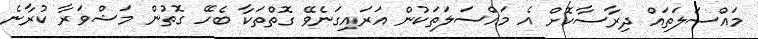
މައްސަލަތައް ދިރާސާކޮށް އެ މައްސަލަތަކުން އަރައިގަނެވޭ ގޮތްތަކާ ބެހޭ ގޮތުން މަޝްވަރާ ކުރާނެ